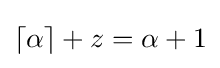
{\textstyle \left\lceil \alpha \right\rceil +z=\alpha +1}